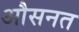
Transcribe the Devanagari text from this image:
औसनत